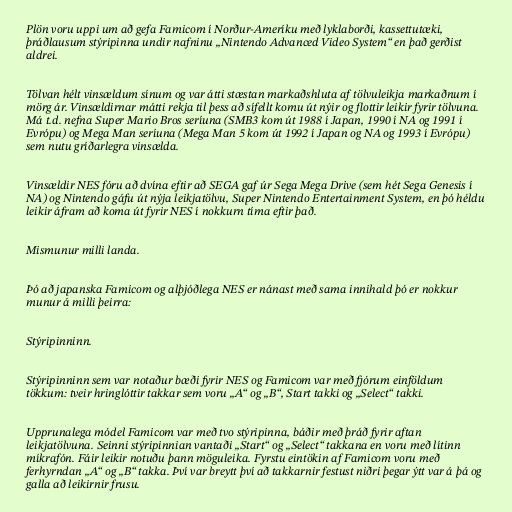
Plön voru uppi um að gefa Famicom í Norður-Ameríku með lyklaborði, kassettutæki,
þráðlausum stýripinna undir nafninu „Nintendo Advanced Video System“ en það gerðist
aldrei.

Tölvan hélt vinsældum sínum og var átti stæstan markaðshluta af tölvuleikja markaðnum í
mörg ár. Vinsældirnar mátti rekja til þess að sífellt komu út nýir og flottir leikir fyrir tölvuna.
Má t.d. nefna Super Mario Bros seríuna (SMB3 kom út 1988 í Japan, 1990 í NA og 1991 í
Evrópu) og Mega Man seríuna (Mega Man 5 kom út 1992 í Japan og NA og 1993 í Evrópu)
sem nutu gríðarlegra vinsælda.

Vinsældir NES fóru að dvína eftir að SEGA gaf úr Sega Mega Drive (sem hét Sega Genesis í
NA) og Nintendo gáfu út nýja leikjatölvu, Super Nintendo Entertainment System, en þó héldu
leikir áfram að koma út fyrir NES í nokkurn tíma eftir það.

Mismunur milli landa.

Þó að japanska Famicom og alþjóðlega NES er nánast með sama innihald þó er nokkur
munur á milli þeirra:

Stýripinninn.

Stýripinninn sem var notaður bæði fyrir NES og Famicom var með fjórum einföldum
tökkum: tveir hringlóttir takkar sem voru „A“ og „B“, Start takki og „Select“ takki.

Upprunalega módel Famicom var með tvo stýripinna, báðir með þráð fyrir aftan
leikjatölvuna. Seinni stýripinnian vantaði „Start“ og „Select“ takkana en voru með lítinn
míkrafón. Fáir leikir notuðu þann möguleika. Fyrstu eintökin af Famicom voru með
ferhyrndan „A“ og „B“ takka. Því var breytt því að takkarnir festust niðri þegar ýtt var á þá og
galla að leikirnir frusu.